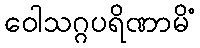
ဝေါသဂ္ဂပရိဏာမိံ